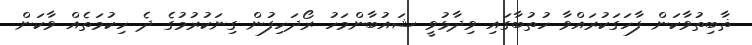
ޡާބިތުވާކަން ފާހަގަކުރައްވާ ހުތުބާގައި ވިދާޅުވީ ޝައުބާންމަހު ރޯދަހިފުން ގިނަކުރުމުގެ ދެ ހިކުމަތެއް ވާކަން